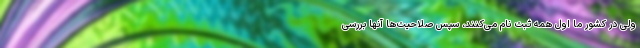
ولی در کشور ما اول همه ثبت نام می‌کنند، سپس صلاحیت‌ها آنها بررسی